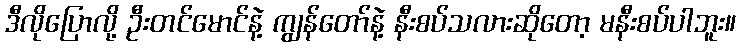
ဒီလိုပြောလို့ ဦးတင်မောင်နဲ့ ကျွန်တော်နဲ့ နီးစပ်သလားဆိုတော့ မနီးစပ်ပါဘူး။